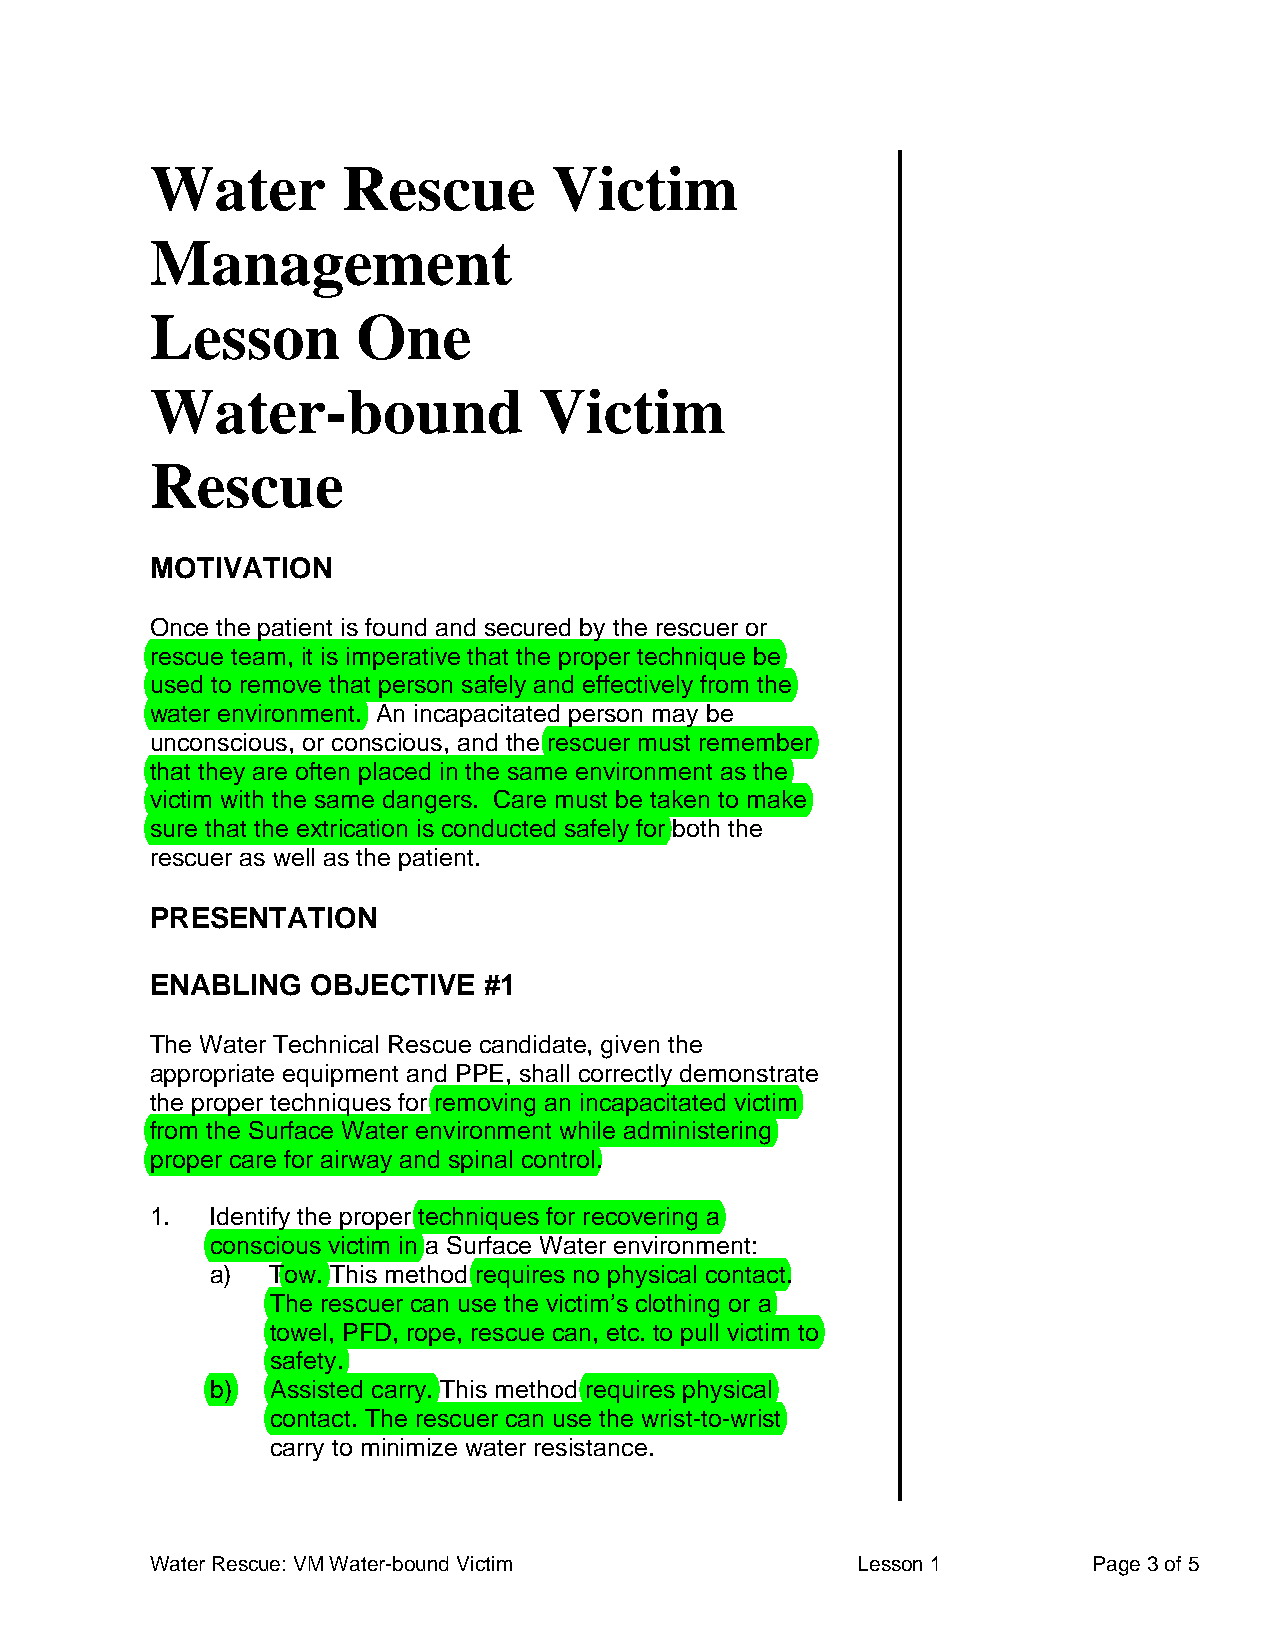
Water        Rescue        Victim
 Management
 Lesson        One
 Water-bound               Victim
 Rescue
 MOTIVATION
 Once the patient is found and secured by the rescuer or
 rescue team, it is imperative that the proper technique be
 used to remove that person safely and effectively from the
 water environment. An incapacitated person may be
 unconscious, or conscious, and the rescuer must remember
 that they are often placed in the same environment as the
 victim with the same dangers. Care must be taken to make
 sure that the extrication is conducted safely for both the
 rescuer as well as the patient.
 PRESENTATION
 ENABLING   OBJECTIVE  #1
 The Water Technical Rescue candidate, given the
 appropriate equipment and PPE, shall correctly demonstrate
 the proper techniques for removing an incapacitated victim
 from the Surface Water environment while administering
 proper care for airway and spinal control.
 1.  Identify the proper techniques for recovering a
 conscious victim in a Surface Water environment:
 a)  Tow. This method requires no physical contact.
 The rescuer can use the victim’s clothing or a
 towel, PFD, rope, rescue can, etc. to pull victim to
 safety.
 b)  Assisted carry. This method requires physical
 contact. The rescuer can use the wrist-to-wrist
 carry to minimize water resistance.
 Water Rescue: VM Water-bound Victim            Lesson 1       Page 3 of 5